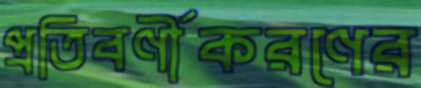
প্রতিবর্ণীকরণের